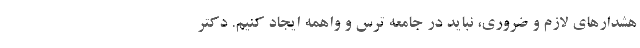
هشدارهای لازم و ضروری، نباید در جامعه ترس و واهمه ایجاد کنیم. دکتر